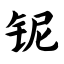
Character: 铌